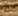
لدي